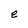
Character: e